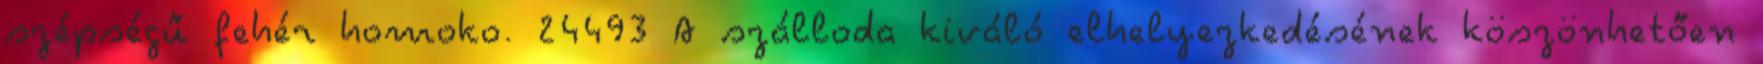
szépségű fehér homoko. 24493 A szálloda kiváló elhelyezkedésének köszönhetően